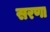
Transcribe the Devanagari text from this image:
सरणा